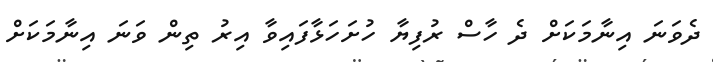
ދެވަނަ އިނާމަކަށް ދެ ހާސް ރުފިޔާ ހުށަހަޅާފައިވާ އިރު ތިން ވަނަ އިނާމަކަށް